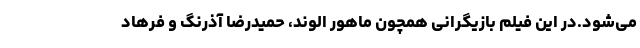
می‌شود.در این فیلم بازیگرانی همچون ماهور الوند، حمیدرضا آذرنگ و فرهاد